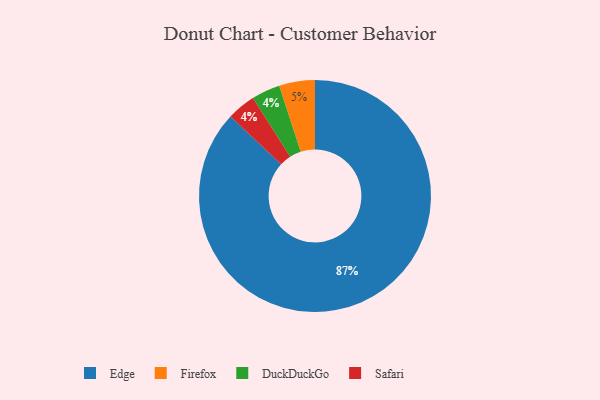
{"axis": {"x": "Category", "y": "Percentage"}, "legend": ["DuckDuckGo", "Edge", "Firefox", "Safari"], "data": [{"x": "DuckDuckGo", "y": 4, "type": "DuckDuckGo"}, {"x": "Edge", "y": 87, "type": "Edge"}, {"x": "Safari", "y": 4, "type": "Safari"}, {"x": "Firefox", "y": 5, "type": "Firefox"}]}